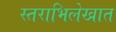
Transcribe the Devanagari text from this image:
स्तराभिलेखात